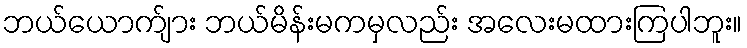
ဘယ်ယောက်ျား ဘယ်မိန်းမကမှလည်း အလေးမထားကြပါဘူး။